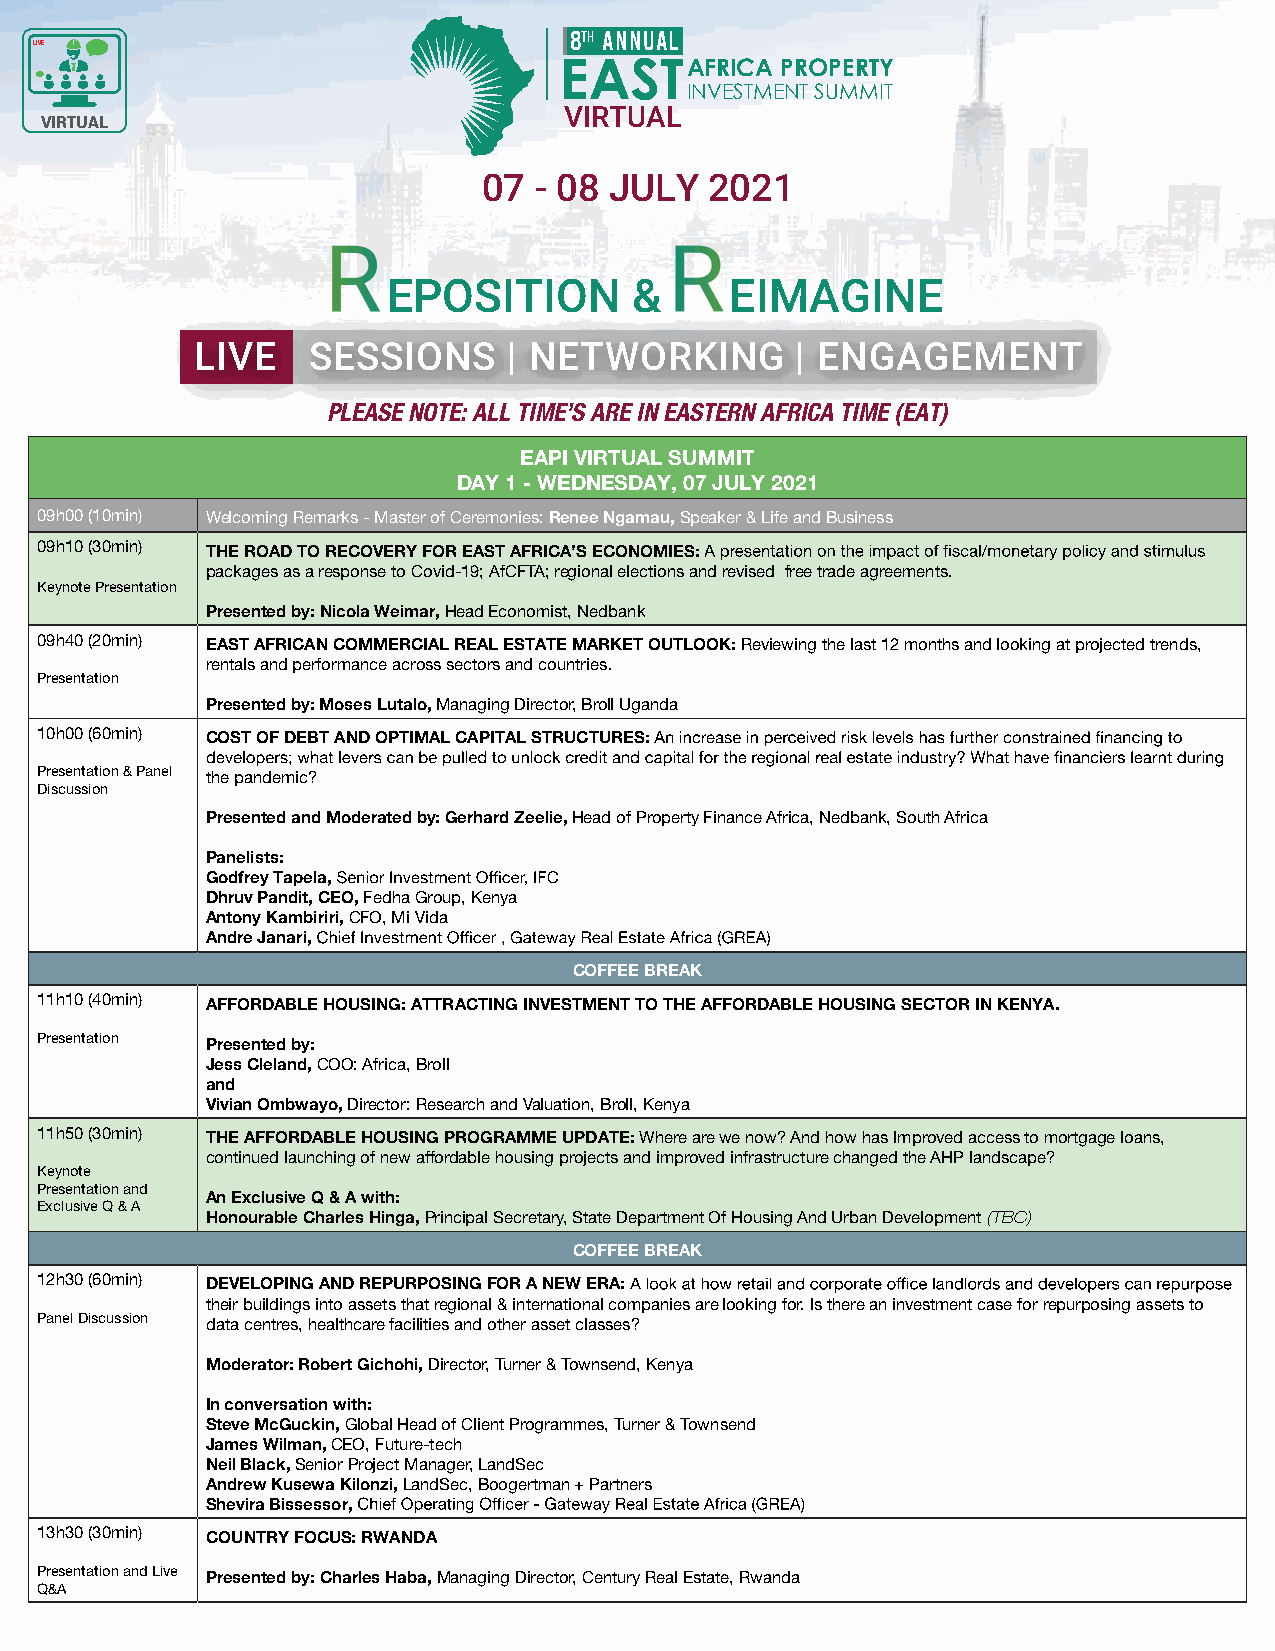
8 ANNUAL
 live
 AFRICA PROPERTY
 INVESTMENT SUMMIT
 VIRTUAL
 VIRTUAL
 07 - 08 JULY   2021
 EPOSITION       &     EIMAGINE
 LIVE   SESSIONS      | NETWORKING       | ENGAGEMENT
 PLEASE NOTE: ALL TIME’S ARE IN EASTERN AFRICA TIME (EAT)
 EAPI VIRTUAL SUMMIT
 DAY 1 - WEDNESDAY, 07 JULY 2021
 09h00 (10min) Welcoming Remarks - Master of Ceremonies: Renee Ngamau, Speaker & Life and Business
 09h10 (30min) THE ROAD TO RECOVERY FOR EAST AFRICA’S ECONOMIES:
 packages as a response to Covid-19; AfCFTA; regional elections and revised free trade agreements.
 Keynote Presentation
 Presented by: Nicola Weimar, Head Economist, Nedbank
 09h40 (20min) EAST AFRICAN COMMERCIAL REAL ESTATE MARKET OUTLOOK: Reviewing the last 12 months and looking at projected trends,
 rentals and performance across sectors and countries.
 Presentation
 Presented by: Moses Lutalo, Managing Director, Broll Uganda
 10h00 (60min) COST OF DEBT AND OPTIMAL CAPITAL STRUCTURES:
 Presentation & Panel the pandemic?
 Discussion
 Presented and Moderated by: Gerhard Zeelie, Head of Property Finance Africa, Nedbank, South Africa
 Panelists:
 Godfrey Tapela,
 Dhruv Pandit, CEO, Fedha Group, Kenya
 Antony Kambiriri, CFO, Mi Vida
 Andre Janari,
 COFFEE BREAK
 11h10 (40min) AFFORDABLE HOUSING: ATTRACTING INVESTMENT TO THE AFFORDABLE HOUSING SECTOR IN KENYA.
 Presentation Presented by:
 Jess Cleland, COO: Africa, Broll
 and
 Vivian Ombwayo, Director: Research and Valuation, Broll, Kenya
 11h50 (30min) THE AFFORDABLE HOUSING PROGRAMME UPDATE: Where are we now? And how has Improved access to mortgage loans,
 continued launching of new affordable housing projects and improved infrastructure changed the AHP landscape?
 Keynote
 Presentation and
 An Exclusive Q & A with:
 Exclusive Q & A
 Honourable Charles Hinga, Principal Secretary, State Department Of Housing And Urban Development (TBC)
 COFFEE BREAK
 12h30 (60min) DEVELOPING AND REPURPOSING FOR A NEW ERA:
 their buildings into assets that regional & international companies are looking for. Is there an investment case for repurposing assets to
 Panel Discussion data centres, healthcare facilities and other asset classes?
 Moderator: Robert Gichohi, Director, Turner & Townsend, Kenya
 In conversation with:
 Steve McGuckin, Global Head of Client Programmes, Turner & Townsend
 James Wilman, CEO, Future-tech
 Neil Black, Senior Project Manager, LandSec
 Andrew Kusewa Kilonzi, LandSec, Boogertman + Partners
 Shevira Bissessor,
 13h30 (30min) COUNTRY FOCUS: RWANDA
 Presentation and Live Presented by: Charles Haba, Managing Director, Century Real Estate, Rwanda
 Q&A